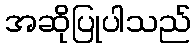
အဆိုပြုပါသည်